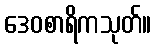
ဒေဝစာရိကသုတ်။